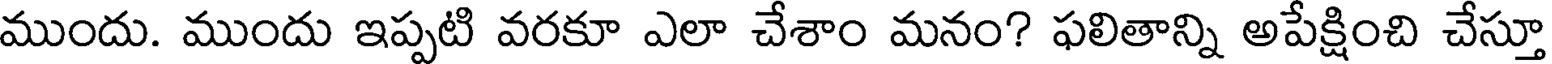
ముందు. ముందు ఇప్పటి వరకూ ఎలా చేశాం మనం? ఫలితాన్ని అపేక్షించి చేస్తూ